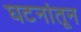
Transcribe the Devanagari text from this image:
घटनांतून